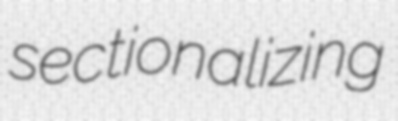
sectionalizing